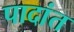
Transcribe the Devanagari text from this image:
पादांत